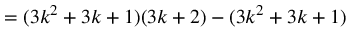
= ( 3 k ^ { 2 } + 3 k + 1 ) ( 3 k + 2 ) - ( 3 k ^ { 2 } + 3 k + 1 )